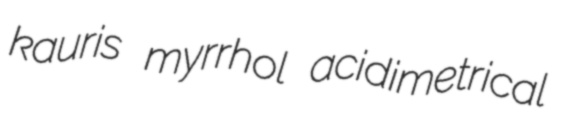
kauris myrrhol acidimetrical